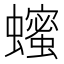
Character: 𬠵